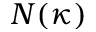
N ( \kappa )